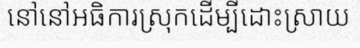
នៅនៅអធិការស្រុកដើម្បីដោះស្រាយ